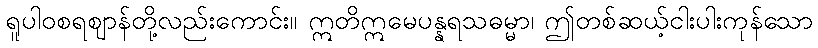
ရူပါဝစရဈာန်တို့လည်းကောင်း။ ဣတိဣမေပန္နရသဓမ္မာ၊ ဤတစ်ဆယ့်ငါးပါးကုန်သော